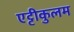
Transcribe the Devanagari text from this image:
एट्टीकुलम